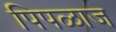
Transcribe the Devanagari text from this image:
पिपळाज